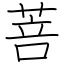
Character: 菩